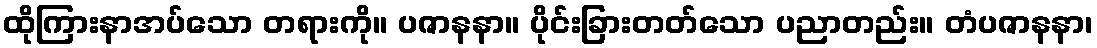
ထိုကြားနာအပ်သော တရားကို။ ပဇာနနာ။ ပိုင်းခြားတတ်သော ပညာတည်း။ တံပဇာနနာ၊